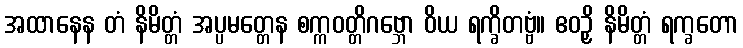
အထာနေန တံ နိမိတ္တံ အပ္ပမတ္တေန စက္ကဝတ္တိဂဗ္ဘော ဝိယ ရက္ခိတဗ္ဗံ။ ဧဝဉှိ နိမိတ္တံ ရက္ခတော